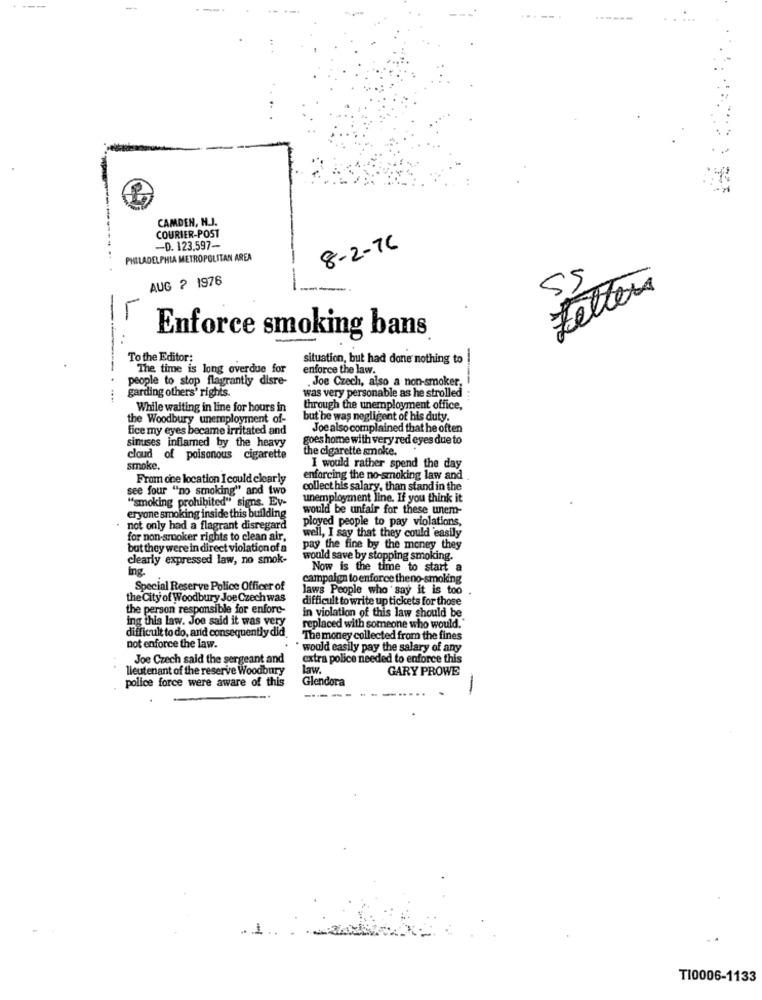
CAMDEN, N.J.
COURIER-POST
-D. 123.597-
8-2-76
PHILADELPHIA METROPOLITAN AREA
AUG ? 1976
55
-
Fetters
Enforce smoking bans
To the Editor:
situation, but had done nothing to !
The time is long overdue for
enforce the law.
people to stop flagrantly disre-
. Joe Czech, also a non-smoker,
was very personable as he strolled
-----
garding others' rights.
...
While waiting in line for hours in
through the unemployment office,
the Woodbury unemployment of-
but he was negligent of his duty.
fice my eyes became irritated and
Joe also complained that he often
goes home with very red eyes due to
sinuses inflamed by the heavy
the cigarette smoke.
cloud of poisonous cigarette
smoke.
I would rather spend the day
From cine location I could clearly
enforcing the no-smoking law and
see four "no smoking" and two
collect his salary, than stand in the
"smoking prohibited" signs. Ev-
unemployment line. If you think it
would be unfair for these unem-
eryone smoking inside this building
ployed people to pay violations,
not only had a flagrant disregard
for non-smoker rights to clean air,
well, I say that they could easily
but they were in direct violation of a
pay the fine by the money they
clearly expressed law, no smok-
would save by stopping smoking.
Now is the time to start a
campaign to enforce theno-smoking
Special Reserve Police Officer of
laws People who say it is too
0 .
the City of Woodbury Joe Czech was
difficult to write up tickets for those
the person responsible for enfore-
ing this law. Joe said it was very
in violation of this law should be
replaced with someone who would."
difficult to do, and consequently did
The money collected from the fines
not enforce the law.
would easily pay the salary of any
Joe Czech said the sergeant and
extra police needed to enforce this
lieutenant of the reserve Woodbury
Law.
GARY PROWE
Glendora
police force were aware of this
-
. ....
TI0006-1133